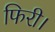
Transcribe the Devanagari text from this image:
फिरी।